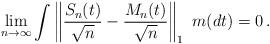
LaTeX: \begin{align*}\lim_{n \rightarrow \infty} \int \left \| \frac{S_n (t)}{\sqrt n}- \frac{M_n(t)}{\sqrt n} \right \|_1 \ m (dt)=0 \, .\end{align*}